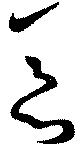
惡